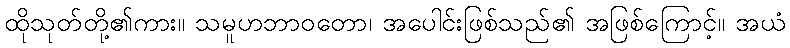
ထိုသုတ်တို့၏ကား။ သမူဟဘာဝတော၊ အပေါင်းဖြစ်သည်၏ အဖြစ်ကြောင့်။ အယံ